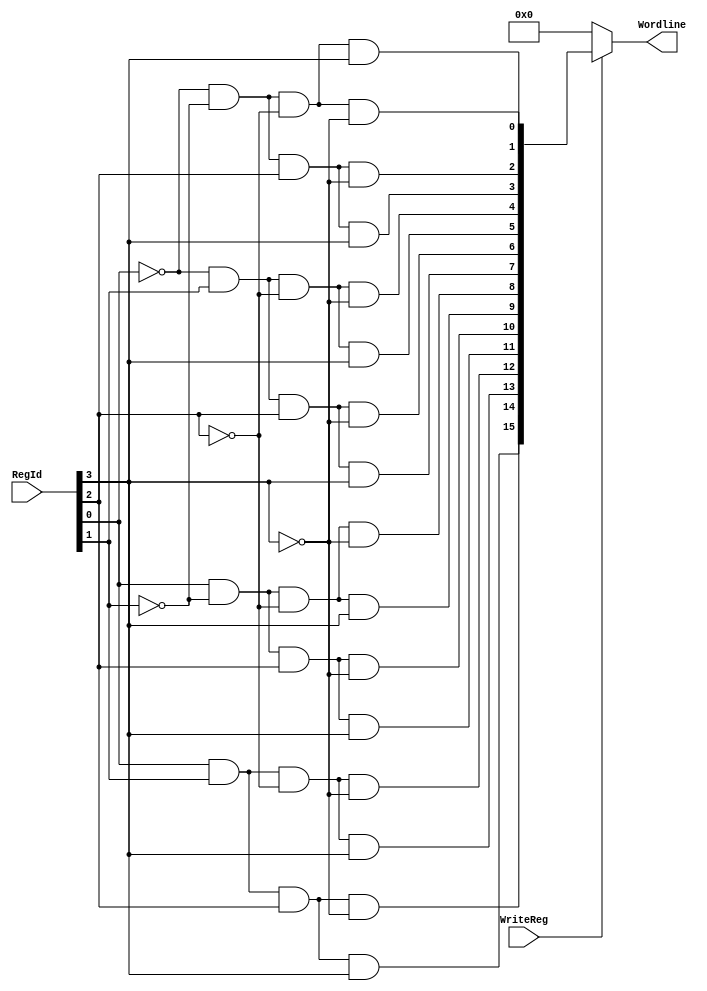
module WriteDecoder_4_16(input [3:0] RegId, input WriteReg, output [15:0] Wordline);

wire [15:0] Int_Wordline;

assign Int_Wordline[0] = ~RegId[0] & ~RegId[1] & ~RegId[2] & ~RegId[3];
assign Int_Wordline[1] = ~RegId[0] & ~RegId[1] & ~RegId[2] & RegId[3];
assign Int_Wordline[2] = ~RegId[0] & ~RegId[1] & RegId[2] & ~RegId[3];
assign Int_Wordline[3] = ~RegId[0] & ~RegId[1] & RegId[2] & RegId[3];
assign Int_Wordline[4] = ~RegId[0] & RegId[1] & ~RegId[2] & ~RegId[3];
assign Int_Wordline[5] = ~RegId[0] & RegId[1] & ~RegId[2] & RegId[3];
assign Int_Wordline[6] = ~RegId[0] & RegId[1] & RegId[2] & ~RegId[3];
assign Int_Wordline[7] = ~RegId[0] & RegId[1] & RegId[2] & RegId[3];
assign Int_Wordline[8] = RegId[0] & ~RegId[1] & ~RegId[2] & ~RegId[3];
assign Int_Wordline[9] = RegId[0] & ~RegId[1] & ~RegId[2] & RegId[3];
assign Int_Wordline[10] = RegId[0] & ~RegId[1] & RegId[2] & ~RegId[3];
assign Int_Wordline[11] = RegId[0] & ~RegId[1] & RegId[2] & RegId[3];
assign Int_Wordline[12] = RegId[0] & RegId[1] & ~RegId[2] & ~RegId[3];
assign Int_Wordline[13] = RegId[0] & RegId[1] & ~RegId[2] & RegId[3];
assign Int_Wordline[14] = RegId[0] & RegId[1] & RegId[2] & ~RegId[3];
assign Int_Wordline[15] = RegId[0] & RegId[1] & RegId[2] & RegId[3];

assign Wordline = WriteReg ? Int_Wordline : 16'b0;

endmodule